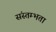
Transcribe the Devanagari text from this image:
संस्तम्भता